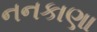
નનકાણા